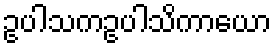
ဥပါသကဥပါသိကာယော